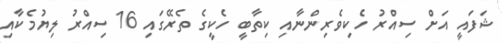
ޝަފައީ އަށް ސިއްރު ހެކިވެރިންނާއި ކިތާބީ ހެކީގެ ތެރޭގައި 16 ސިއްރު ލިޔުމެކާއި